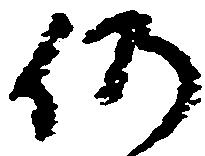
仍